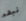
نبدء